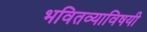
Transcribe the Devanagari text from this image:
भवितव्याविषयी